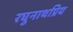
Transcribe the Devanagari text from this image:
रघुनाथप्रिय